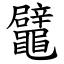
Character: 鼊